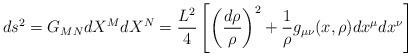
\begin{align*}ds^2 = G_{MN}dX^M dX^N = \frac{L^2}{4} \left[\left(\frac{d\rho}{\rho}\right)^2 + \frac{1}{\rho} g_{\mu\nu}(x,\rho)dx^{\mu}dx^{\nu} \right]\end{align*}